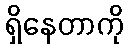
ရှိနေတာကို